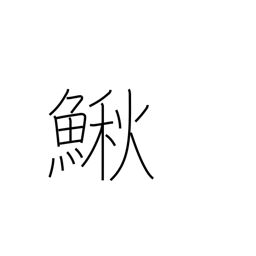
Meaning: bullhead